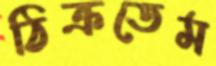
ঠিক্‌রতেম